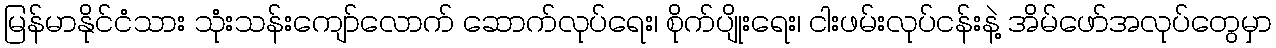
မြန်မာနိုင်ငံသား သုံးသန်းကျော်လောက် ဆောက်လုပ်ရေး၊ စိုက်ပျိုးရေး၊ ငါးဖမ်းလုပ်ငန်းနဲ့ အိမ်ဖော်အလုပ်တွေမှာ